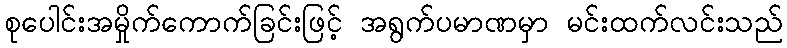
စုပေါင်းအမှိုက်ကောက်ခြင်းဖြင့် အရွက်ပမာဏမှာ မင်းထက်လင်းသည်